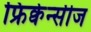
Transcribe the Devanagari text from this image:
फ्रिक्वेन्सीज